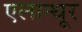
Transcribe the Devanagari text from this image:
एलान्थूर